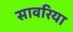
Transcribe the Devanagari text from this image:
सावरिया